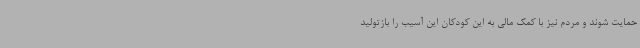
حمایت شوند و مردم نیز با کمک مالی به این کودکان این آسیب را بازتولید